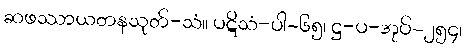
ဆဖဿာယတနသုတ်-သံ။ ပဋိသံ-ပါ-၆၅၊ ဋ္ဌ-ပ-အုပ်-၂၅၄၊